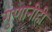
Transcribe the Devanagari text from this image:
गुणांनीही